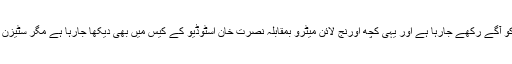
پاکستان کے بعض حصوں میں انفرا اسٹریکچر ترقی کیلئے تاریخی تحفظ کو آگے رکھے جارہا ہے اور یہی کچھ اورنج لائن میٹرو بمقابلہ نصرت خان اسٹوڈیو کے کیس میں بھی دیکھا جارہا ہے مگر سٹیزن آرکائیو آف پاکستان کی مدد سے یہ معاملات تبدیل ہونا شروع ہوگئے ہیں۔